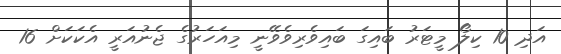
އަދި 10 ކިލޯ މީޓަރު ބައިގަ ބައިވެރިވެވޭނީ މިއަހަރުގެ ޖެނުއަރީ އެކަކަށް 16